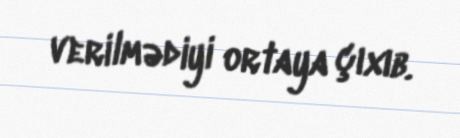
verilmədiyi ortaya çıxıb.